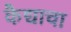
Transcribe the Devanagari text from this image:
कैद्याचा